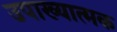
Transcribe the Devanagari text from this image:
उपाख्यात्मक